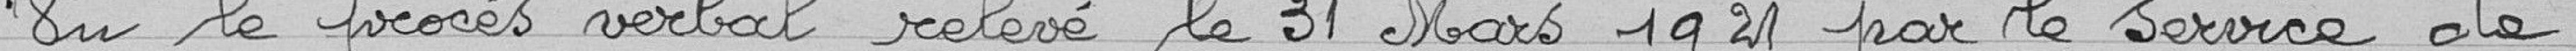
vu le procès verbal relevé le 31 mars 1921 par le service de